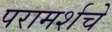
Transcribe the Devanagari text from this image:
परामर्शचे